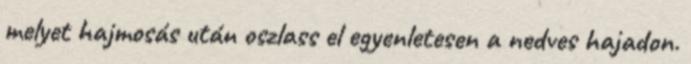
melyet hajmosás után oszlass el egyenletesen a nedves hajadon.